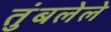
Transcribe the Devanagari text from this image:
तुंबलेले